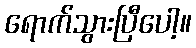
ရောက်သွားပြီပေါ့။